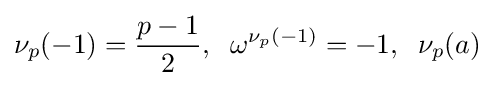
\nu _{p}(-1)={\frac {p-1}{2}},\;\;\omega ^{\nu _{p}(-1)}=-1,\;\;\nu _{p}(a)